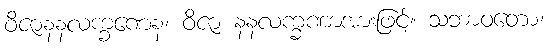
ဝိဇာနနလက္ခဏေန၊ ဝိဇာ နနလက္ခဏာအားဖြင့်။ သဘာဝတော၊